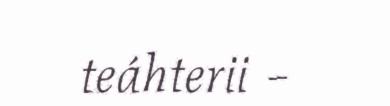
teáhterii –